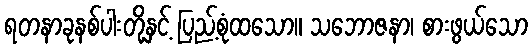
ရတနာခုနစ်ပါးတို့နှင့် ပြည့်စုံထသော။ သဘောဇနာ၊ စားဖွယ်သော